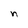
Character: n